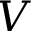
V